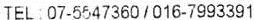
TEL : 07-5547360 / 016-7993391